Statistical return of the lunatic asylum in Assam - 1912-1932
Year: 1912
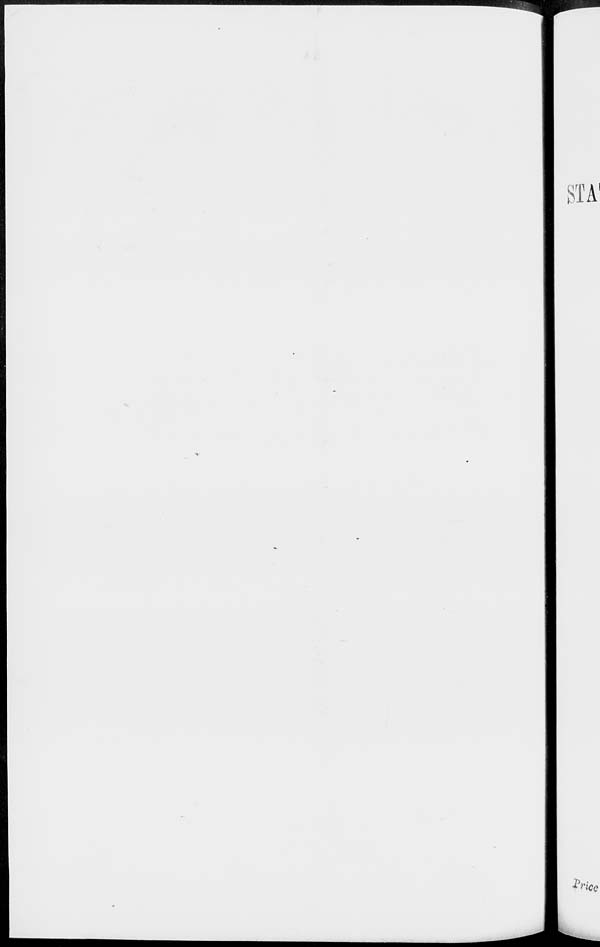
STA 1
V
IV nee